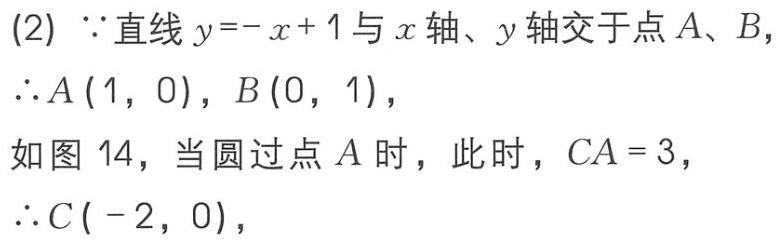
(2) $\because$直线$y = -x + 1$与$x$轴、$y$轴交于点$A$、$B$，
$\therefore A(1,0)$，$B(0,1)$，
如图14，当圆过点$A$时，此时，$CA = 3$，
$\therefore C(-2,0)$，